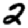
Digit: 2